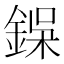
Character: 𮢇